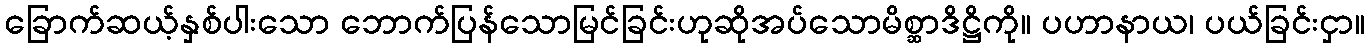
ခြောက်ဆယ့်နှစ်ပါးသော ဘောက်ပြန်သောမြင်ခြင်းဟုဆိုအပ်သောမိစ္ဆာဒိဋ္ဌိကို။ ပဟာနာယ၊ ပယ်ခြင်းငှာ။